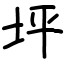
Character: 坪